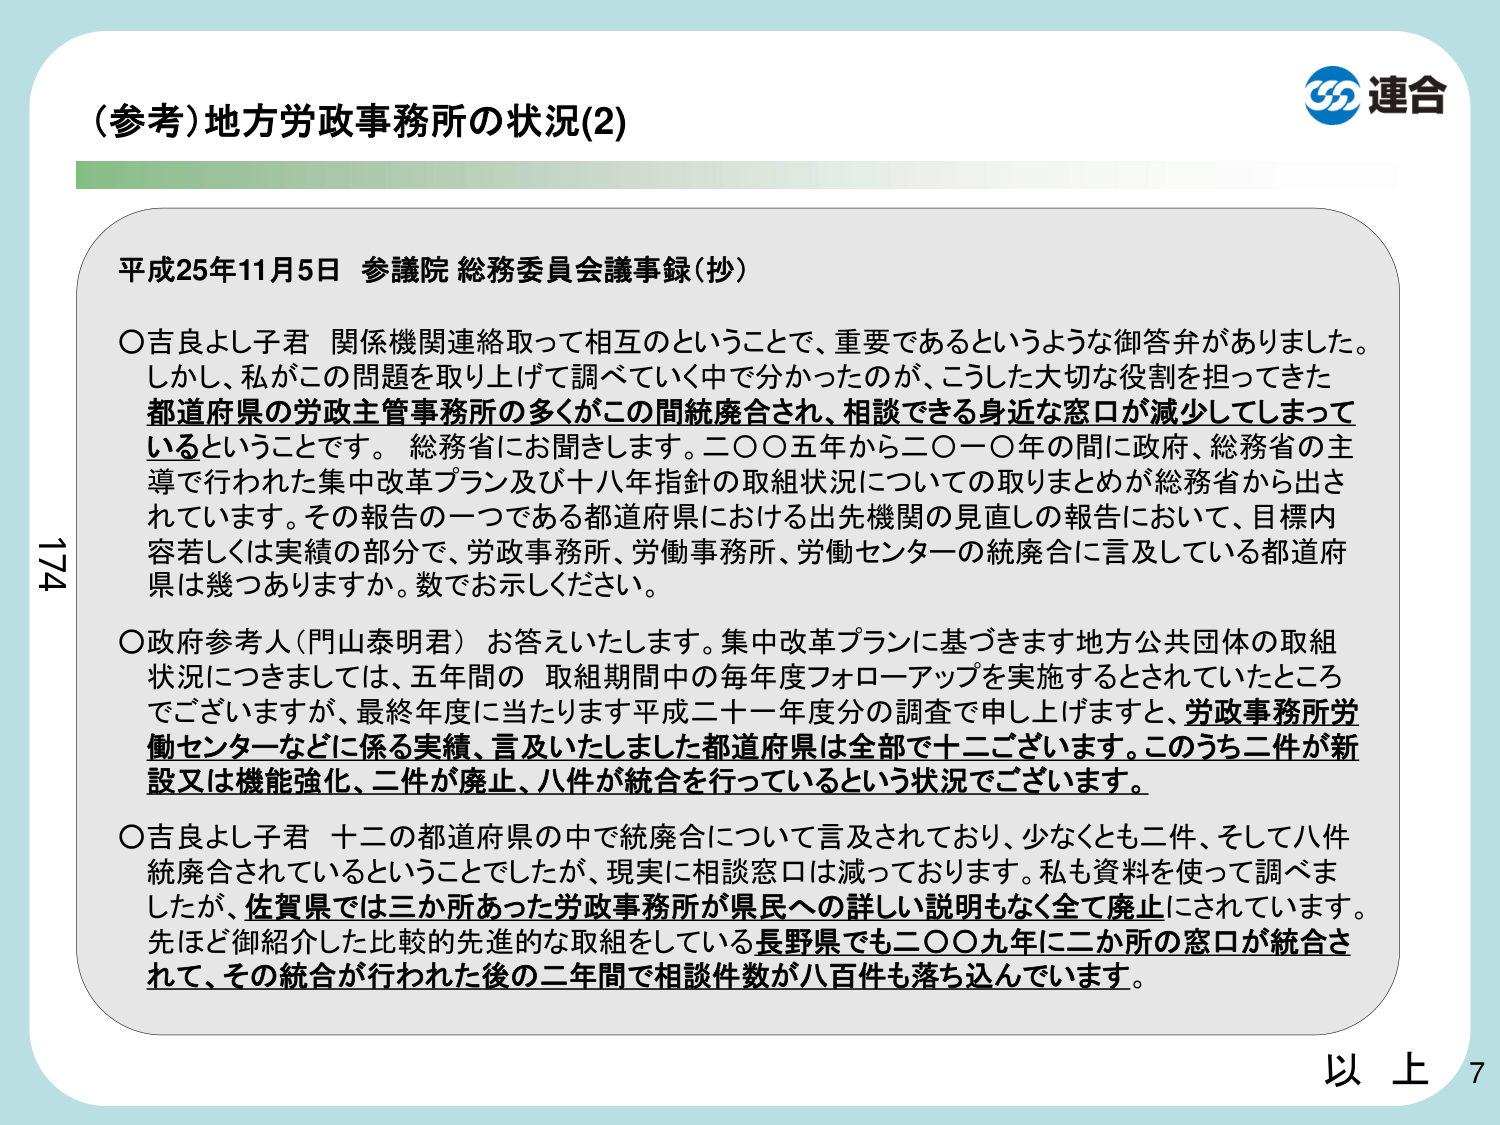
（参考）地方労政事務所の状況(2)

平成25年11月5日 参議院 総務委員会議事録（抄）

○吉良よしこ君 関係機関連絡取って相互のということで、重要であるというような御答弁がありました。しかし、私がこの問題を取り上げて調べていく中で分かったのが、こうした大切な役割を担ってきた都道府県の労政主管事務所の多くがこの間統廃合され、相談できる身近な窓口が減少してしまっているということです。総務省にお聞きします。二〇〇五年から二〇一〇年の間に政府、総務省の主導で行われた集中改革プラン及び十八年指針の取組状況についての取りまとめが総務省から出されています。その報告の一つである都道府県における出先機関の見直しの報告において、目標内容若しくは実績の部分で、労政事務所、労働事務所、労働センターの統廃合に言及している都道府県は幾つありますか。数でお示しください。

○政府参考人（門山泰明君）お答えいたします。集中改革プランに基づきます地方公共団体の取組状況につきましては、五年間の 取組期間中の毎年度フォローアップを実施するとされていたところでございますが、最終年度に当たります平成二十一年度分の調査で申し上げますと、労政事務所労働センターなどに係る実績、言及いたしました都道府県は全部で十二ございます。このうち二件が新設又は機能強化、二件が廃止、八件が統合を行っているという状況でございます。

○吉良よしこ君 十二の都道府県の中で統廃合について言及されており、少なくとも二件、そして八件統廃合されているということでしたが、現実に相談窓口は減っております。私も資料を使って調べましたが、佐賀県では三か所あった労政事務所が県民への詳しい説明もなく全て廃止にされています。先ほど御紹介した比較的先進的な取組をしている長野県でも二〇〇九年に二か所の窓口が統合されて、その統合が行われた後の二年間で相談件数が八百件も落ち込んでいます。

以上

連合

174

7